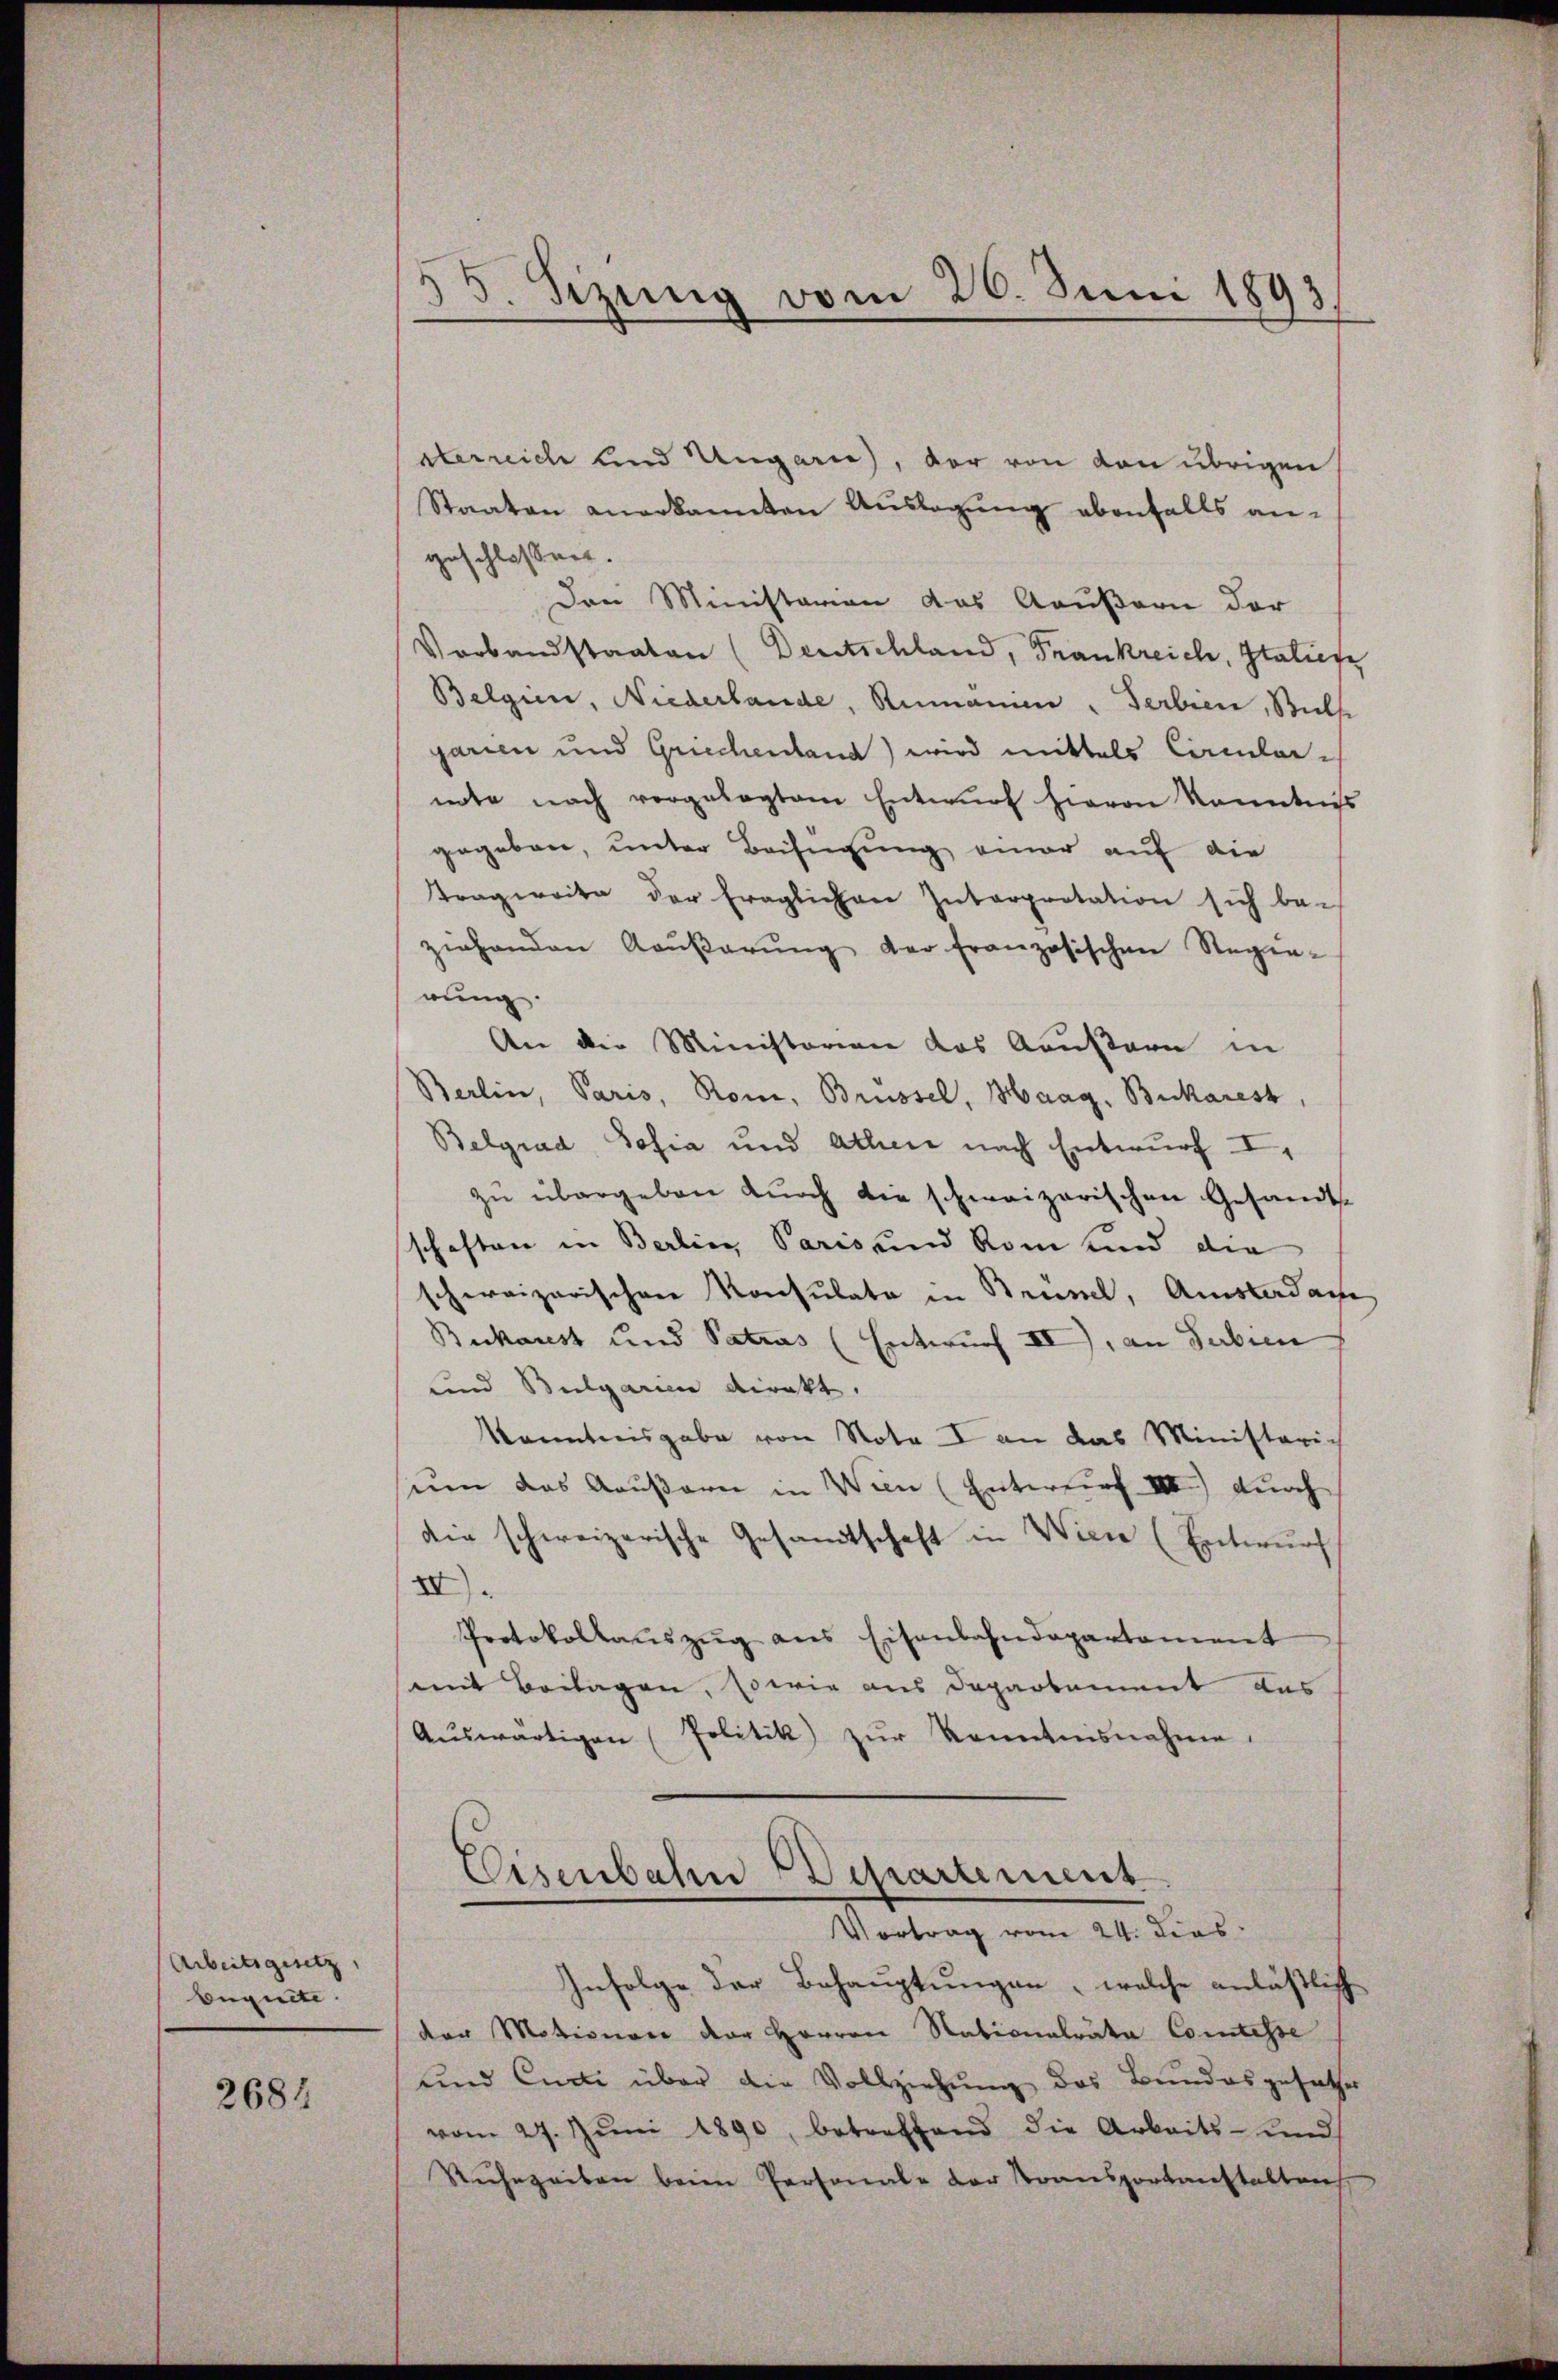
Arbeitsgesetz,
bugnete.

2684

58. Sizung vom 20. Juni 1893.

sterreich und Ungarne), der von von übrigen
Staaten anerkannten Auslagung ebenfalls angeschlossen.
Den Ministerien das Grußern der
Verbandstaaten (Dentschland, Frankreich, Italien
Belgien, Niederlande, Rumanien, Serbien, Sulse
garien und Griechenland) wird mittels Circular-
note nach vorgelegtem Entwŭrf hievon Kenntniss
gegeben, unter Beifügung einer auf die
Tragweite der fraglichen Interpretation sich be-
ziehenden Kaŭβerŭng der französischen Regie-
rung.
An die Ministerien das Kausare in
Berlin, Paris, Rom, Brüssel, Haag, Bukarest,
Belgrad Sofia und Athen nach Entwurf I,
zŭ übergeben durch die schweizerischen Gesandt-
schaften in Berlin, Paris und Rom und die
schweizerischen Konsulate in Rennel, Amstadame
Buckarest und Patros (Entwurf II), an Subien
und Bulgarien direkt.
Kenntnisgabe von Nota I an das Ministerich
ŭm das Aaŭβern in Wien (Entwurf III) durch
die schweizerische Gesandtschaft in Wien (Entwŭrf
II).
Protokollaŭszŭg ans Eisenbahndepartament
mit Beilagen, sowie aus Departement das
Aŭswärtigen (Politik zŭr Kenntnisnahme.
Eisenbahn Departement
Vortrag vom 24. Dies
Infolge der Behauptungen, welche anläßlich
der Motionare der Herren Nationalrata Comtesse
und Ende über die Vollziehŭng des Bundesgesetzes
vom 27. Jŭni 1890, betreffend die Arbeits- und
Rŭhezeiten beim Personale der Stransportanstalten,